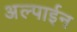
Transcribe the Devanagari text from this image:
अल्पाईन